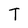
Character: T